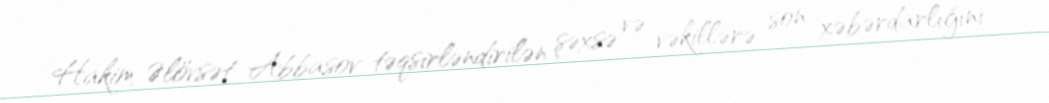
Hakim Əlövsət Abbasov təqsirləndirilən şəxsə və vəkillərə son xəbərdarlığını